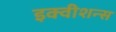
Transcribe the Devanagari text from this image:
इक्‍वीशन्‍स